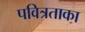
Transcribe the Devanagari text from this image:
पवित्रताका